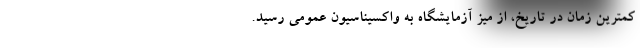
کمترین زمان در تاریخ، از میز آزمایشگاه به واکسیناسیون عمومی رسید.